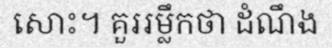
សោះ។ គួររម្លឹកថា ដំណឹង